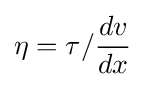
\eta =\tau /{\frac {dv}{dx}}